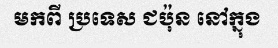
មកពី ប្រទេស ជប៉ុន នៅក្នុង